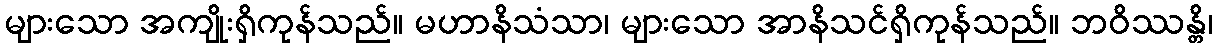
များသော အကျိုးရှိကုန်သည်။ မဟာနိသံသာ၊ များသော အာနိသင်ရှိကုန်သည်။ ဘဝိဿန္တိ၊